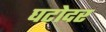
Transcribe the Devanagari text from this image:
घटोदर